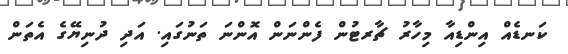
ކަނޑެއް އިންޑިއާ މިހާރު ޗާރޓުން ފެންނަން އޮންނަ ތަނުގައި. އަދި ދުނިޔޭގެ އެތަން